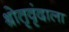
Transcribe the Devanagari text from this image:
श्रोतृवृंदाला